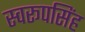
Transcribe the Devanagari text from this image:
स्वरूपसिंह